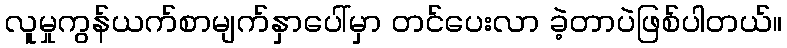
လူမှုကွန်ယက်စာမျက်နှာပေါ်မှာ တင်ပေးလာ ခဲ့တာပဲဖြစ်ပါတယ်။